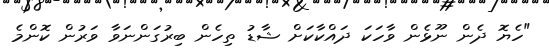
"ހެޔޮ ދެން ނޫޅެން ވާހަކަ ދައްކާކަށް ޝާޑު ތިހެން ބިރުގަންނަވާ ވަރުން ކޮންމެ